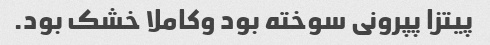
پیتزا پپرونى سوخته بود وکاملا خشک بود.